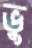
ভু